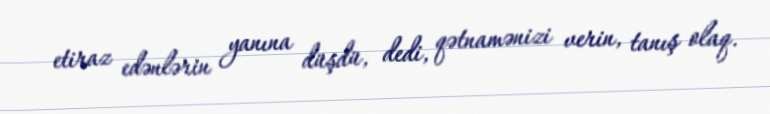
etiraz edənlərin yanına düşdü, dedi, qətnamənizi verin, tanış olaq.